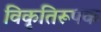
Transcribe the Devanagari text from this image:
विकृतिरूपक